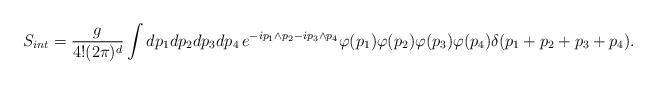
LaTeX: \begin{align*}S_{int}=\frac{g}{4!(2\pi)^d}\int dp_1dp_2dp_3dp_4\, e^{-i p_1\wedge p_2-i p_3\wedge p_4}\varphi(p_1)\varphi(p_2)\varphi(p_3)\varphi(p_4)\delta(p_1+p_2+p_3+p_4).\end{align*}